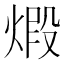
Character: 𤊳